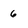
Character: 6